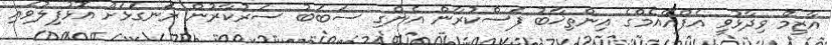
އާޒިމް ވިދާޅުވީ އެފްއޭއެމްގެ އިންތިޚާބު ފަސްކުރާން އެންގި ސަބަބު ސަރުކާރުން ރަނގަޅަށް އޮޅުފިލުވައި